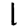
Digit: 1